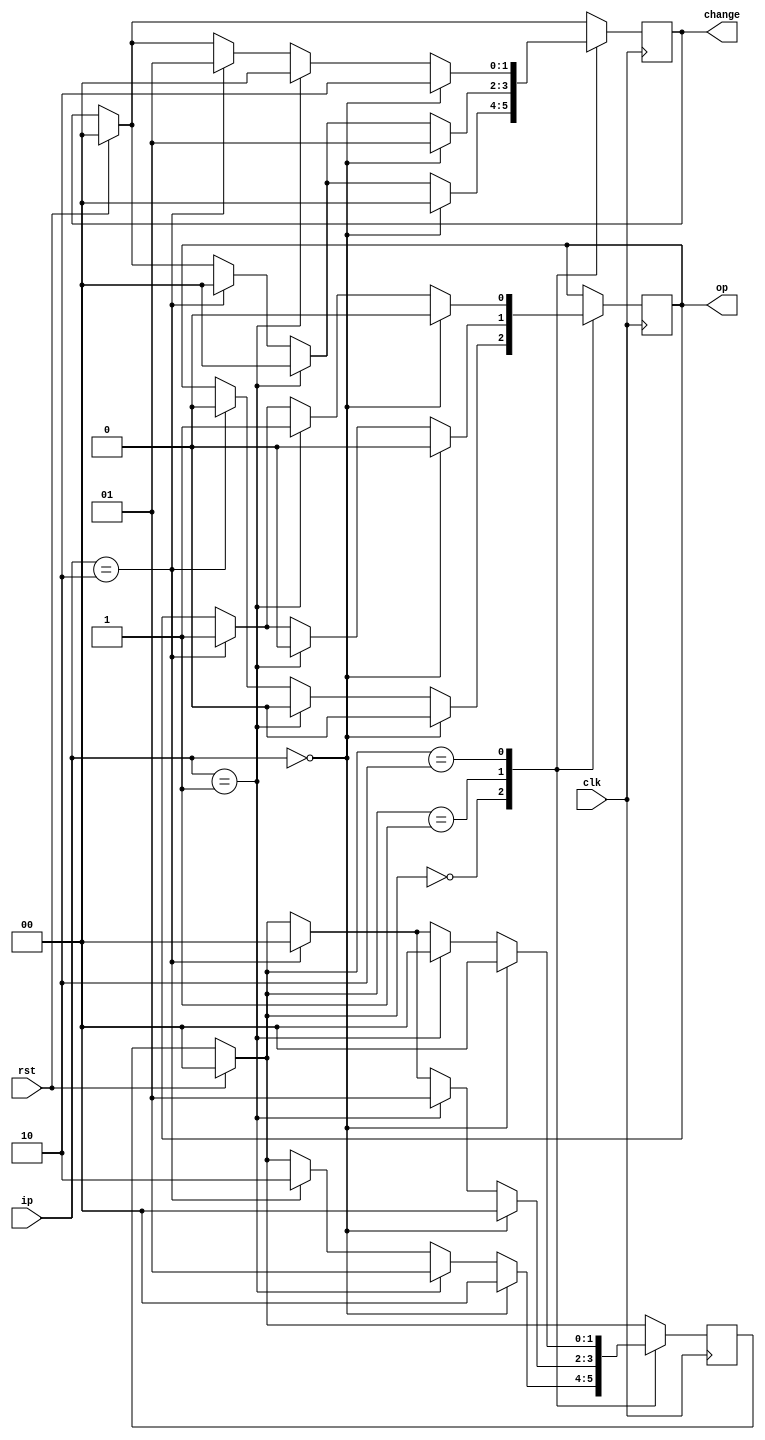

`timescale 1ns / 1ps
//////////////////////////////////////////////////////////////////////////////////
// Company: 
// Engineer: 
// 
// Design Name: 
// Module Name:    vending_machine 
// Project Name: 
// Target Devices: 
// Tool versions: 
// Description: 
//
// Dependencies: 
//
// Revision: 
// Revision 0.01 - File Created
// Additional Comments: 
//
//////////////////////////////////////////////////////////////////////////////////
module vending_machine(clk,rst,ip,op,change
    );

input clk,rst;
input[1:0]ip;
output reg op;
output reg[1:0] change;

parameter s0=2'b00, s1=2'b01, s2=2'b10;

reg[1:0] c_state,n_state;

always @ (posedge clk)
 begin
  if(rst==1)
   begin
    c_state=0;
    n_state=0;
    change=2'b00;
   end
  else c_state=n_state;

  case(c_state)
  s0: if(ip==0)
        begin
		   n_state=s0;
			op=0;
			change=2'b00;
		  end
 
      else if (ip==2'b01)
		 begin
		  n_state=s1;
		  op=0;
		  change=2'b00;
		 end
   
     else if (ip==2'b10)
		 begin
		  n_state=s2;
		  op=0;
		  change=2'b00;
		 end	
	
	 
	s1: if(ip==0)
        begin
		   n_state=s0;
			op=0;
			change=2'b01;
		  end
 
      else if (ip==2'b01)
		 begin
		  n_state=s1;
		  op=0;
		  change=2'b00;
		 end
   
     else if (ip==2'b10)
		 begin
		  n_state=s0;
		  op=1;
		  change=2'b00;
		 end 
	
   s2: if(ip==0)
        begin
		   n_state=s0;
			op=0;
			change=2'b10;
		  end
 
      else if (ip==2'b01)
		 begin
		  n_state=s0;
		  op=1;
		  change=2'b00;
		 end
   
     else if (ip==2'b10)
		 begin
		  n_state=s0;
		  op=1;
		  change=2'b01;
		 end
		 
endcase
end

endmodule